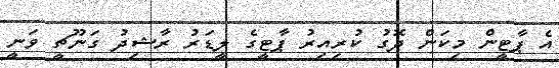
އެ ޕާޓީން މިކަން ދޮގު ކުރިއިރު ޕާޓީގެ ލީޑަރު ރާޝިދު ގަނޫޗީ ވަނީ